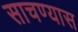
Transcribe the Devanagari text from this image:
साचण्यास